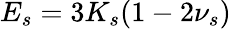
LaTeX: E_{s}=3K_{s}(1-2\nu_{s})